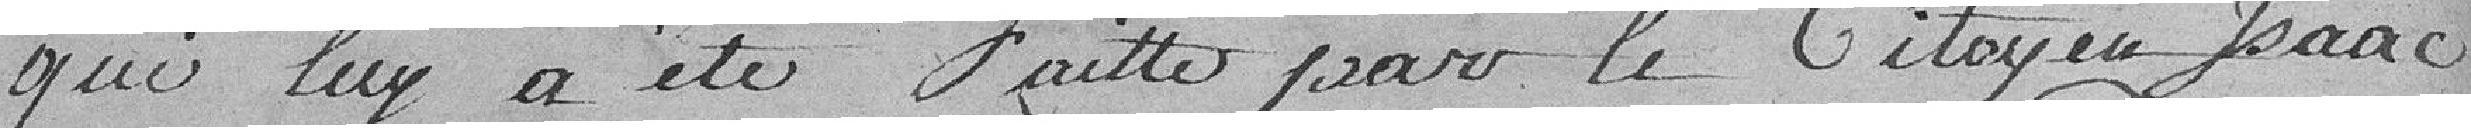
qui luy a été faite par le citoyen Isaac